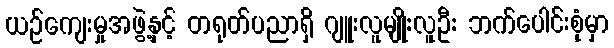
ယဉ်ကျေးမှုအဖွဲ့နှင့် တရုတ်ပညာရှိ ဂျူးလူမျိုးလူဦး ဘက်ပေါင်းစုံမှာ